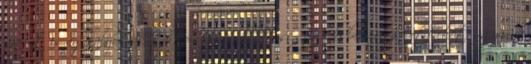
szerint is aggályosnak tartom a szindikátusi szerződésben rögzítetteket, ugyanis